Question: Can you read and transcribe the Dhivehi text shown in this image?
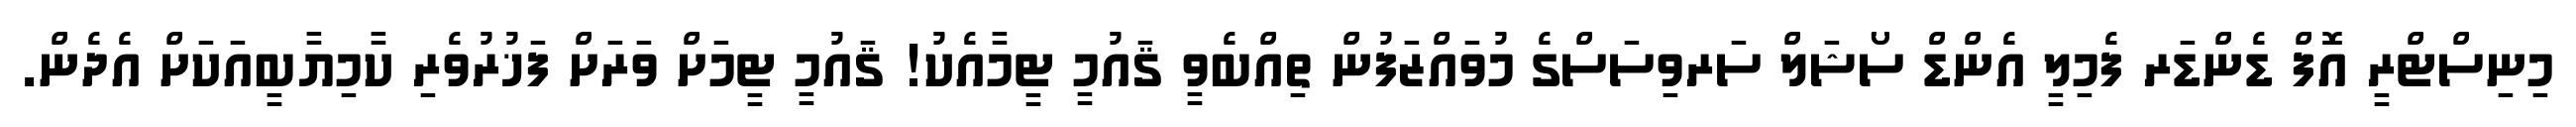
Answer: މިނިސްޓްރީ އޮފް ޑެންޑަރ ފެމިލީ އެންޑް ސޯޝަލް ސަރވިސަސްގެ މުވައްޒަފުން ތިއްބެވީ ޤައުމީ ޓީމާއެކު! ޤައުމީ ޓީމަށް ވަރަށް ފަޚުރުވެރި ކާމިޔާބީއަކަށް އެދެން.